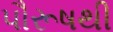
પૌરૂષથી